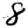
Digit: 8